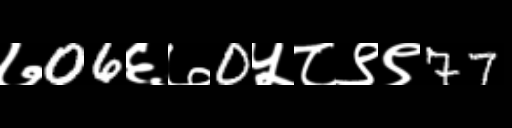
Text: ७06६७0५८९९77